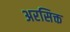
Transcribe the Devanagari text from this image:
अरसिक्त